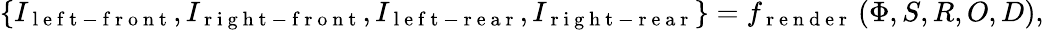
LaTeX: \{ I_{\mathrm{~l~e~f~t~-~f~r~o~n~t~}},I_{\mathrm{~r~i~g~h~t~-~f~r~o~n~t~}},I_{\mathrm{~l~e~f~t~-~r~e~a~r~}},I_{\mathrm{~r~i~g~h~t~-~r~e~a~r~}}\} =f_{\mathrm{~r~e~n~d~e~r~}}\left(\Phi,S,R,O,D\right),